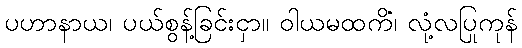
ပဟာနာယ၊ ပယ်စွန့်ခြင်းငှာ။ ဝါယမထကိံ၊ လုံ့လပြုကုန်